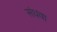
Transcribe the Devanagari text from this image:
संधवा